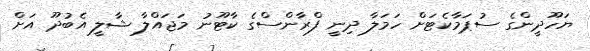
ޔަހޫދީންގެ ސުޕަމާކެޓަށް ހަމަލާ ދިނީ ފްރާންސްގެ ކާޓޫނު މަޖައްލާ ޝާލީ އެބުދޫ އަށް